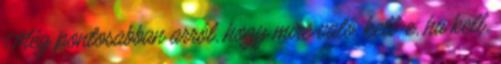
Még pontosabban arról, hogy mire való, kell-e, ha kell,